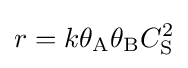
r=k\theta _{\mathrm {A} }\theta _{\mathrm {B} }C_{\mathrm {S} }^{2}